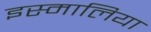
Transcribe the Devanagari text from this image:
इस्मालिया